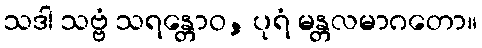
သဒါ သဗ္ဗံ သရန္တောဝ, ပုရံ မန္တလမာဂတော။